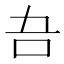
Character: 𭇁